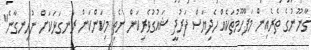
ގާނޫނުގެ ތެރެއިން މަފްހޫމުތަކެއް ހެދިޔަސް ފަރުދީ ޝައުގުވެރިކަން ނެތި މިކަންކަން ރަނގަޅަކަށް ނުހިނގާނެ"